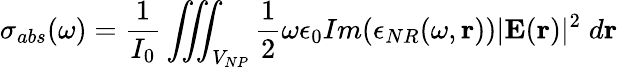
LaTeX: \sigma_{abs}(\omega)=\frac{1}{I_{0}}\iiint_{V_{NP}}{\frac{1}{2}\omega\epsilon_{0}Im(\epsilon_{NR}(\omega,\textbf{r}))|\textbf{E}(\textbf{r})|^{2}}\; d\textbf{r}